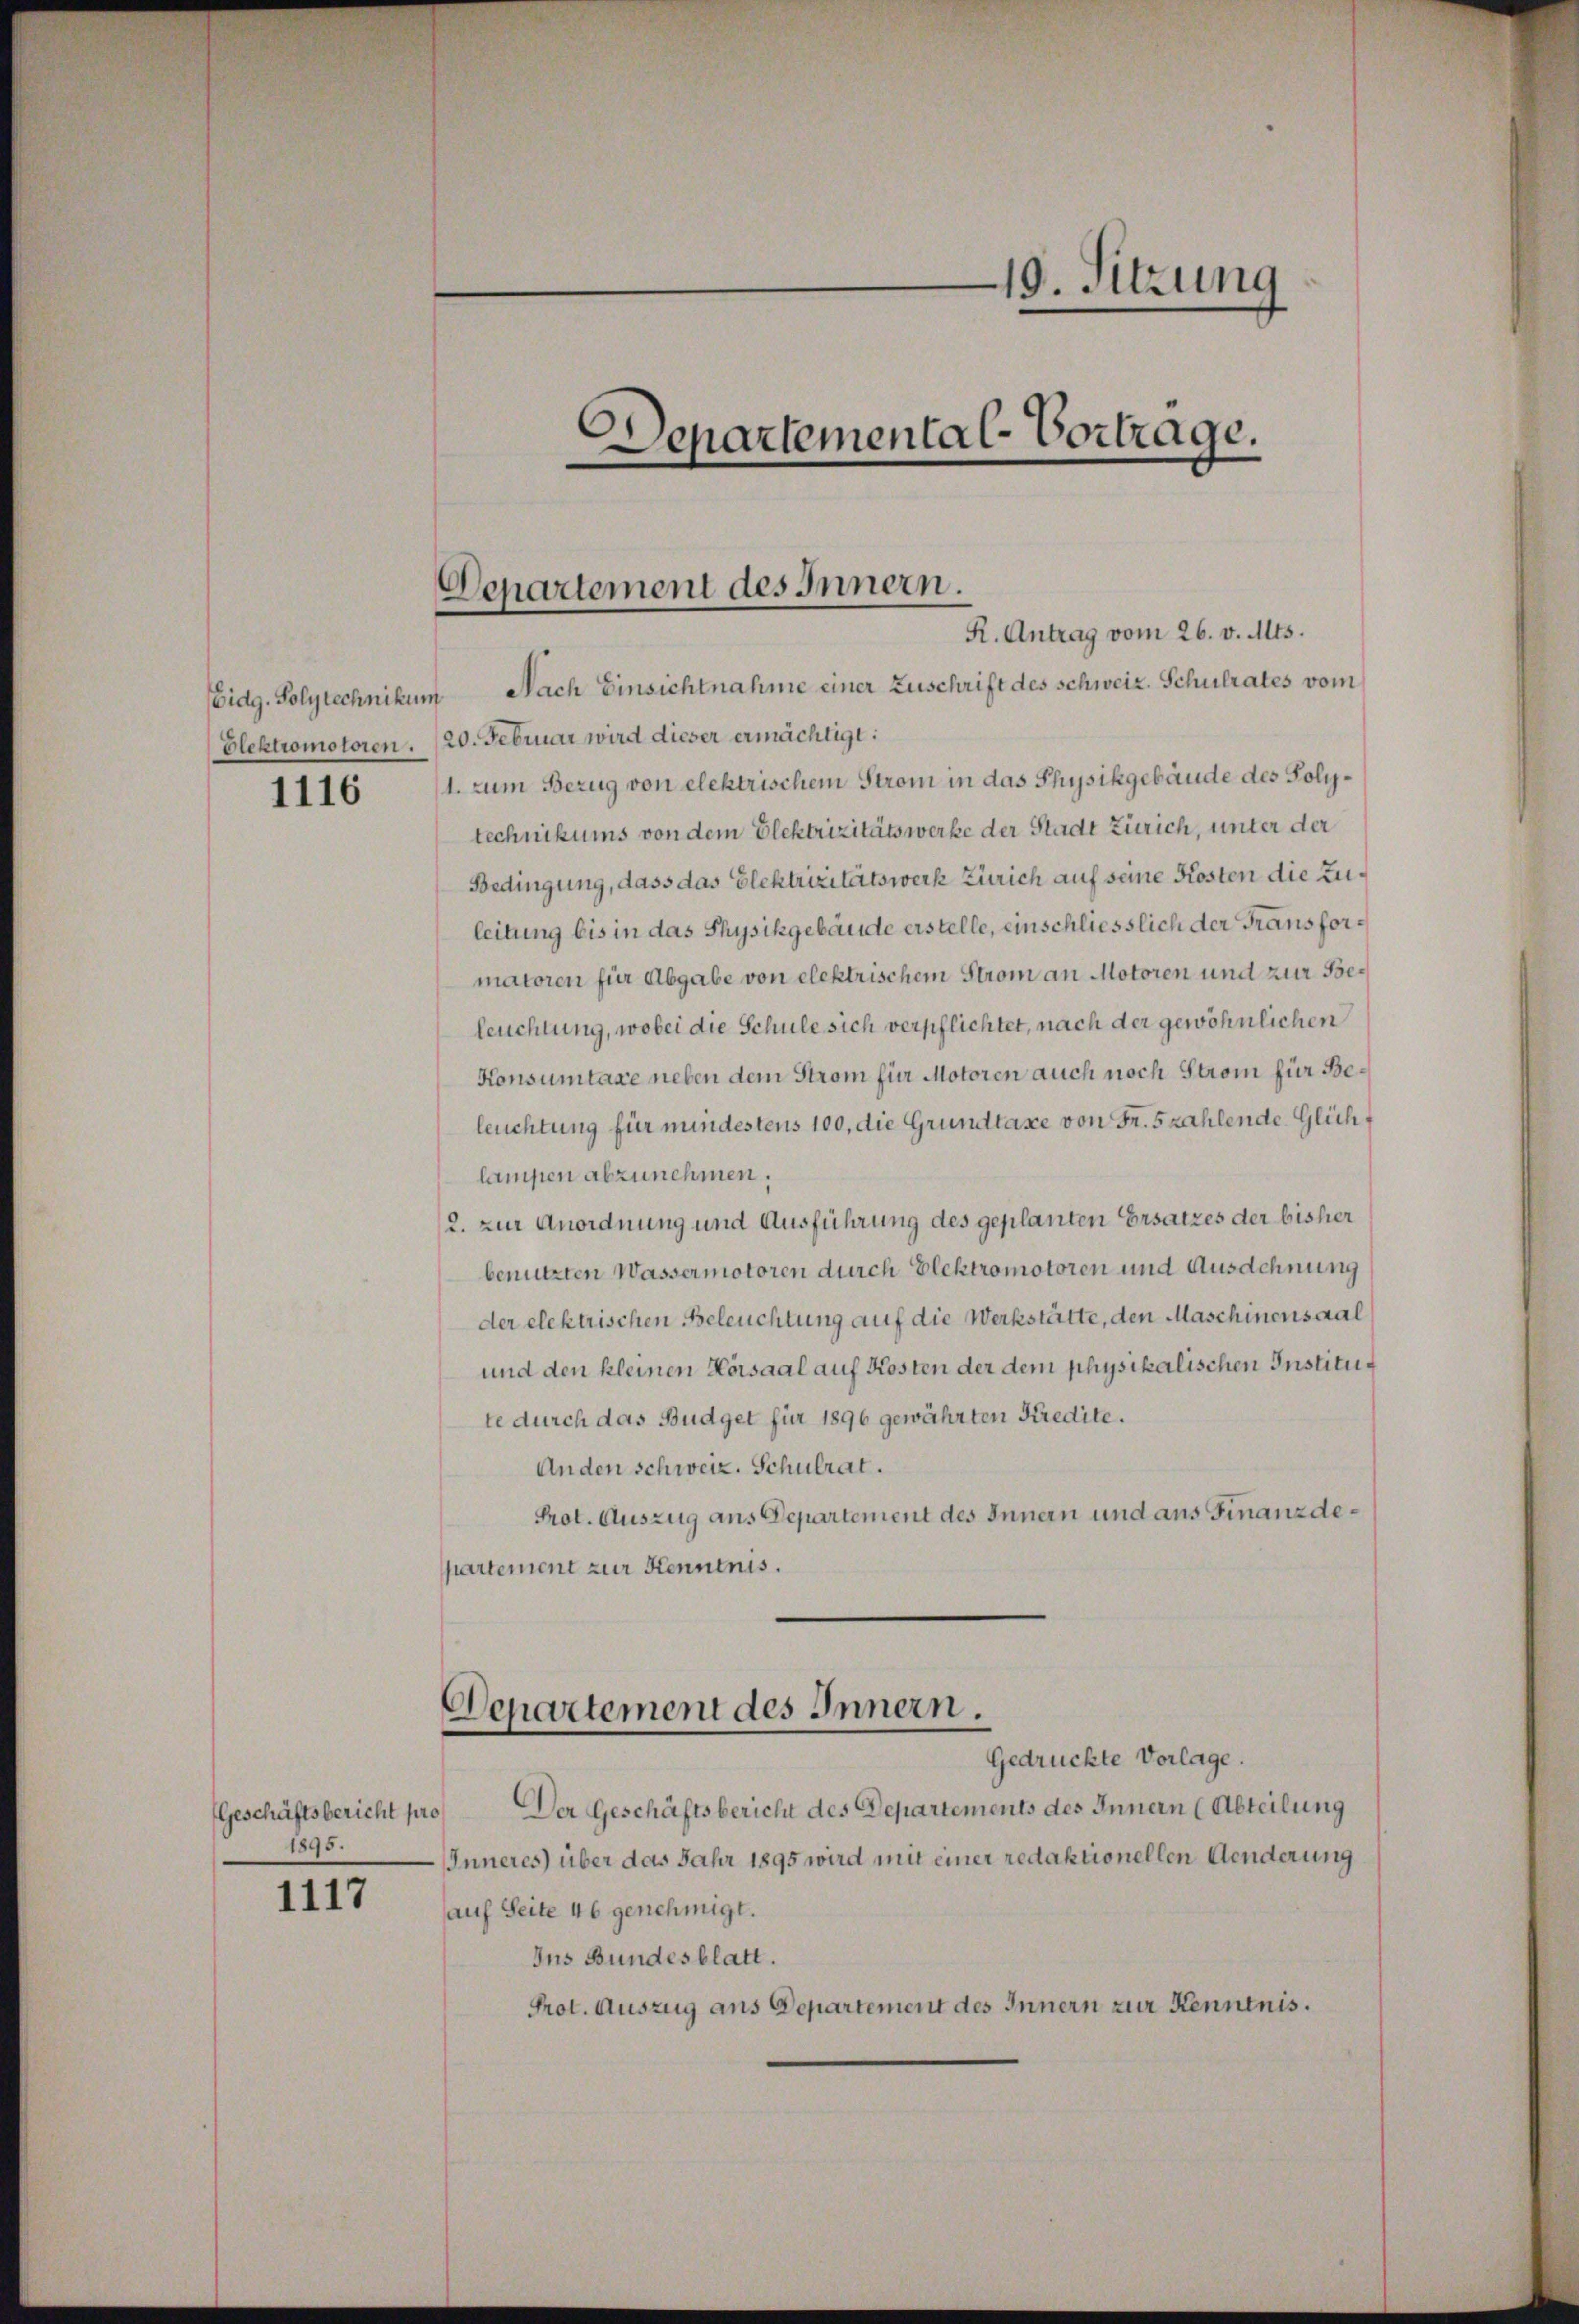
Eidg. Polytechnikum

1116

Geschäftsbericht pro
1895.

1117

Departement des Innern.

19. Sitzung
Departemental-Vortrage.
e

R. Antrag vom 26. v. Mts.
Nach Einsichtnahme einer Zuschrift des Schweiz. Schulrates vom
Glektromotoren. 20. Februar wird dieser ermächtigt:
1. zum Bezug von elektrischem Strom in das Physikgebäude des Polytechnikums von dem Elektrizitätswerke der Stadt Zürich, unter der
Bedingung, dass das Elektrizitätswerk Zürich auf seine Kosten die Zuleitung bis in das Physikgebäude erstelle, einschliesslich der Transformatoren für Abgabe von elektrischem Strom an Motoren und zur Beleuchtung, wobei die Schule sich verpflichtet, nach der gewöhnlichen
Konsumtaxe neben dem Strom für Motoren auch noch Strom für Beleuchtung für mindestens 100, die Grundtaxe von Fr. 5 zahlende Glüchlampen abzunehmen.
2. zur Anordnung und Ausführung des geplanten Ersatzes der bisher
benutzten Wassermotoren durch Elektromotoren und Ausdehnung
der elektrischen Beleuchtung auf die Werkstätte, den Maschinensaal
und den kleinen Hörsaal auf Kosten der dem physikalischen Institut
te durch das Budget für 1896 gewährten Kredite.
Anden schweiz. Schulrat.
Prot. Auszug aus Departement des Innern und aus Finanzdepartement zur Kenntnis.

Departement des Innern.
Gedrückte Vorlage.

Der Geschäftsbericht des Departements des Innern (Abteilung
IInneres über das Jahr 1895 wird mit einer redaktionellen Aenderung
auf Seite 46 genehmigt.
Ins Bundesblatt.
Prot. Auszug aus Departement des Innern zur Kenntnis.